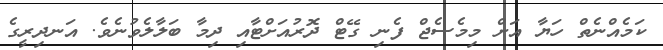
ކަމެއްނެތް ހަޔާ އަށް މިމެސެޖް ފެނި ގޭޓް ދޮރުއަށްޓާއި ދިމާ ބަލާލެވުނެވެ. އަނދިރީގެ